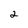
Character: 2